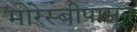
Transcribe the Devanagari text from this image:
मोरेस्बीपासून